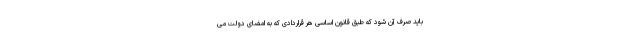
باید صرف آن شود که طبق قانون اساسی هر قراردادی که به امضای دولت می